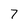
Character: 7